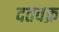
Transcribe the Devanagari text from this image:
दतवक्र